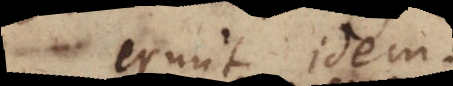
erunt idem.